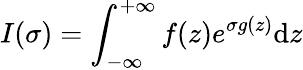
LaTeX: I(\sigma)=\int_{-\infty}^{+\infty}f(z)e^{\sigma g(z)}\mathrm{d}z